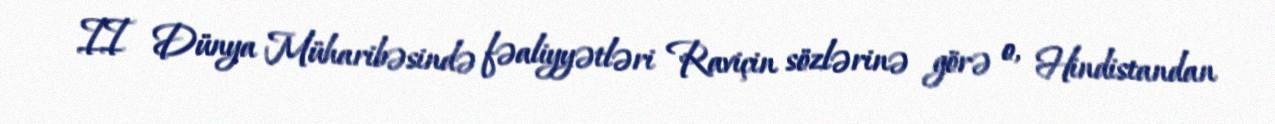
II Dünya Müharibəsində fəaliyyətləri Raviçin sözlərinə görə o, Hindistandan